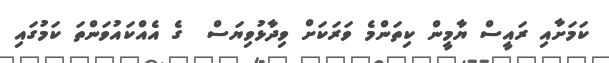
ކަމަށާއި ރައީސް ޔާމީން ކިތަންމެ ވަރަކަށް ވިދާޅުވިޔަސް  ގެ އެއްކައުވަންތަ ކަމުގައި